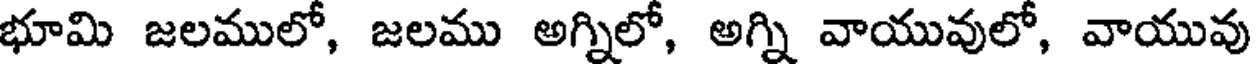
భూమి జలములో, జలము అగ్నిలో, అగ్ని వాయువులో, వాయువు